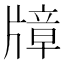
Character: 𱭠